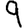
Digit: 9